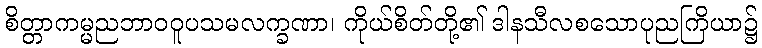
စိတ္တာကမ္မညဘာဝဝူပသမလက္ခဏာ၊ ကိုယ်စိတ်တို့၏ ဒါနသီလစသောပုညကြိယာ၌